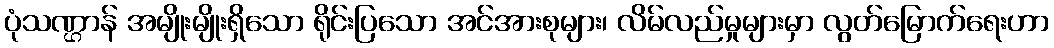
ပုံသဏ္ဌာန် အမျိုးမျိုးရှိသော ရိုင်းပြသော အင်အားစုများ၊ လိမ်လည်မှုများမှာ လွတ်မြောက်ရေးဟာ